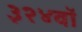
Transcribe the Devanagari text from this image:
३२४वॉ